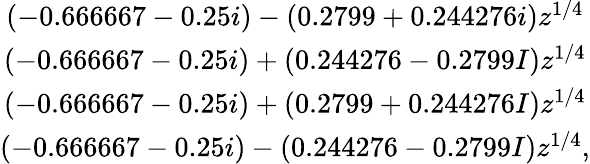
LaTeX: \begin{array}{c}{(-0.666667-0.25i)-(0.2799+0.244276i)z^{1/4}}\\ {(-0.666667-0.25i)+(0.244276-0.2799I)z^{1/4}}\\ {(-0.666667-0.25i)+(0.2799+0.244276I)z^{1/4}}\\ {(-0.666667-0.25i)-(0.244276-0.2799I)z^{1/4},}\end{array}